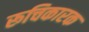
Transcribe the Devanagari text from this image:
रूचिकारक